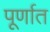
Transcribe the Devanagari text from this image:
पूर्णात